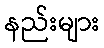
နည်းများ